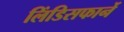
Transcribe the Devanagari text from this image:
लिंडिसफार्ने